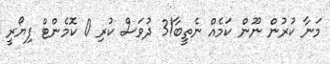
މަނާ ކުރުން ނޫން ކަމެއް ނެތީބާ!3 ދުވަސް ކުރި 0 ކޮމެންޓް ފިޔޯރީ